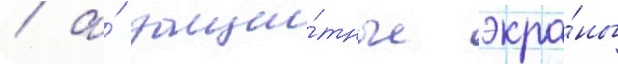
/ а́ защи́тные экра́ны